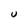
Character: U